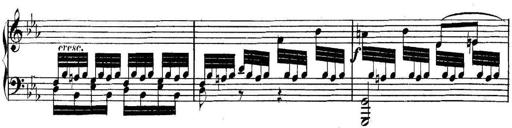
Title: Collected Piano Sonatas
Composer: Muzio Clementi